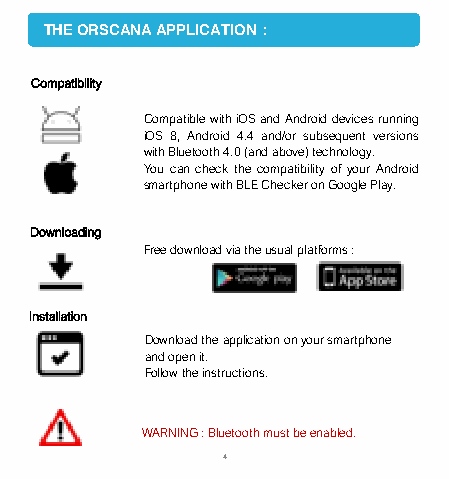
THE ORSCANA APPLICATION :
 Compatibility
 CompatiblewithiOSandAndroiddevicesrunning
 iOS 8, Android 4.4 and/or subsequent versions
 withBluetooth4.0(andabove)technology.
 YoucancheckthecompatibilityofyourAndroid
 smartphonewithBLECheckeronGooglePlay.
 Downloading
 Free download via the usual platforms :
 Installation
 Download the application on your smartphone
 and open it.
 Follow the instructions.
 WARNING:Bluetoothmustbeenabled.
 4